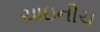
ચાઇનીચ